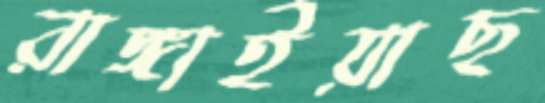
রাঙ্গাইয়াছ